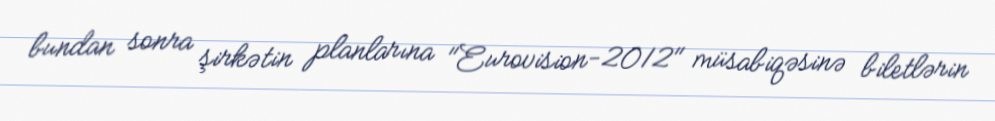
bundan sonra şirkətin planlarına "Eurovision-2012" müsabiqəsinə biletlərin